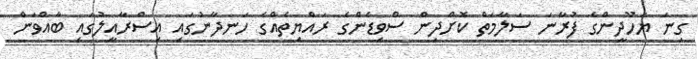
ގިނަ ޔަހޫދީންގެ ފުރާނަ ސަލާމަތް ކޮށްދިން ސްވިޑެންގެ ރައްޔިތެއްގެ ހަނދާނުގައި އިސްރާއީލުގައި ބާއްވަން